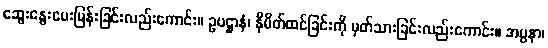
ဆွေးနွေးမေးမြန်းခြင်းလည်းကောင်း။ ဥပဋ္ဌာနံ၊ နိမိတ်ထင်ခြင်းကို မှတ်သားခြင်းလည်းကောင်း။ အပ္ပနာ၊